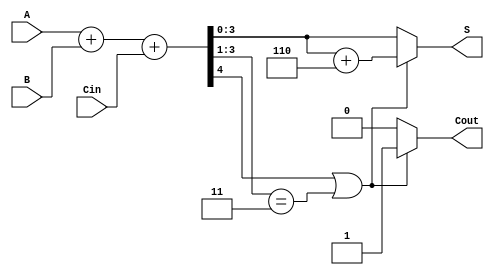
module BCD_Ripple_Carry_Adder (
    input  [3:0] A,    // BCD input A
    input  [3:0] B,    // BCD input B
    input        Cin,   // Carry-in
    output reg [3:0] S, // BCD sum output
    output reg Cout     // Carry-out
);

    // Internal signals
    wire [4:0] sum; // 5-bit sum to accommodate carry
    wire correction_needed;

    // Step 1: Compute the initial sum using a 4-bit ripple carry adder
    assign sum = A + B + Cin;

    // Step 2: Determine if correction is needed
    // Correction needed if sum >= 10 (either S[3] == 1 or S[3:1] == 3'b011)
    assign correction_needed = (sum[4] || (sum[3:1] == 3'b011));

    // Step 3: Compute the final BCD sum and carry-out
    always @(*) begin
        if (correction_needed) begin
            // Apply correction by adding 6 (0110) to the sum
            S = sum[3:0] + 4'b0110;
            Cout = 1; // Set carry-out if correction is done
        end else begin
            S = sum[3:0]; // No correction needed
            Cout = 0; // No carry-out
        end
    end

endmodule